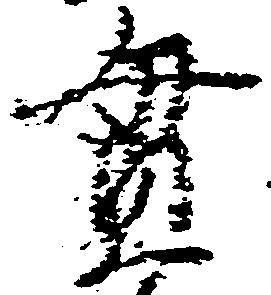
貫